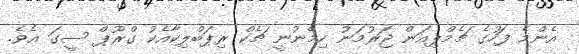
އެންމެ ފަހުގެ ޗެމްޕިއަން ޖަރުމަނު ހިމެނުނީ ޗެކް ރިޕަބްލިކާއެކު ގްރޫޕް ސީގަ އެވެ.